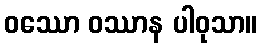
ဝဿော ဝဿာန ပါဝုသာ။